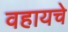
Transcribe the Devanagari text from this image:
वहायचे